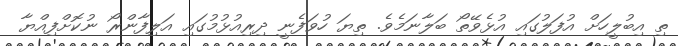
ތި އިބުލީހަށް އުފަލުގައި އުޅެވޭތޯ ބަލާނަމެވެ. ތިޔަ ހުވަފެނީ ދިރިއުޅުމުގައި އަލިފާންރޯ ނުކޮށްފިއްޔާ